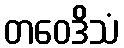
တဝေဒိသံ